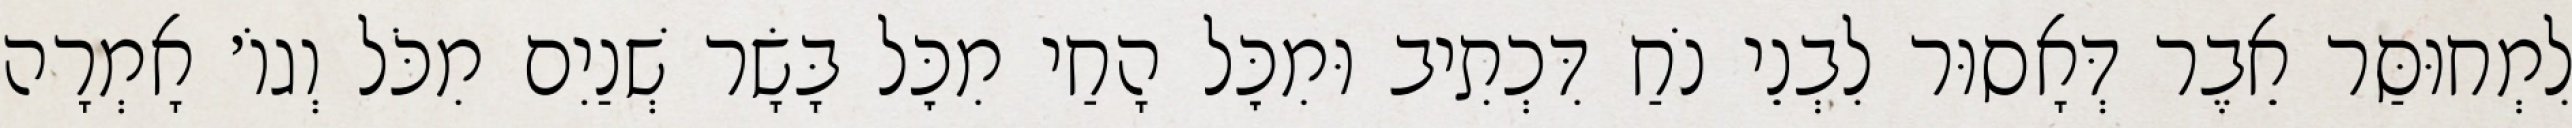
לִמְחוּסַּר אֵבֶר דְּאָסוּר לִבְנֵי נֹחַ דִּכְתִיב וּמִכׇּל הָחַי מִכׇּל בָּשָׂר שְׁנַיִם מִכֹּל וְגוֹ׳ אָמְרָה